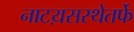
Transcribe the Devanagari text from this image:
नाटय़सस्थेतर्फे